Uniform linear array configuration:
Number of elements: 8
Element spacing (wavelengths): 0.5
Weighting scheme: blackman
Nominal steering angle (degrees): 45
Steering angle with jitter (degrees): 44.055
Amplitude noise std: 0.05
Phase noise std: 0.05

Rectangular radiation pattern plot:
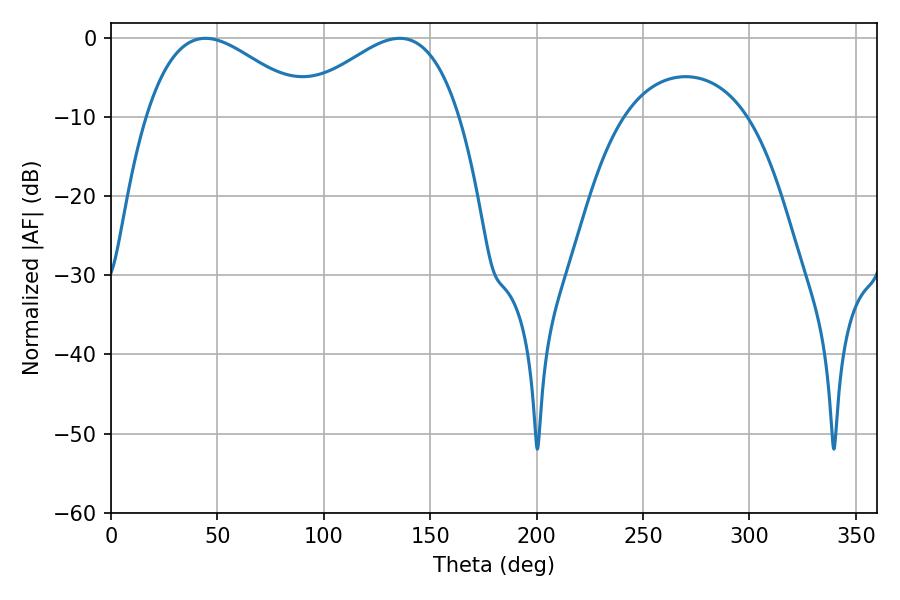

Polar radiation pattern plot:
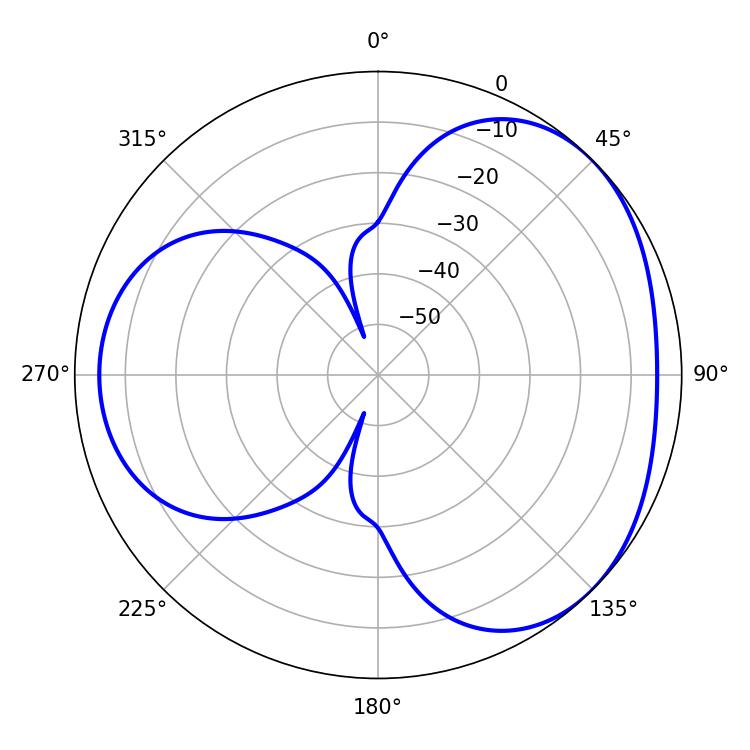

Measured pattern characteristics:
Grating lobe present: FALSE
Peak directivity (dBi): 3.453
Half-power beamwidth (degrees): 41.76
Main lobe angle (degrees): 44.28